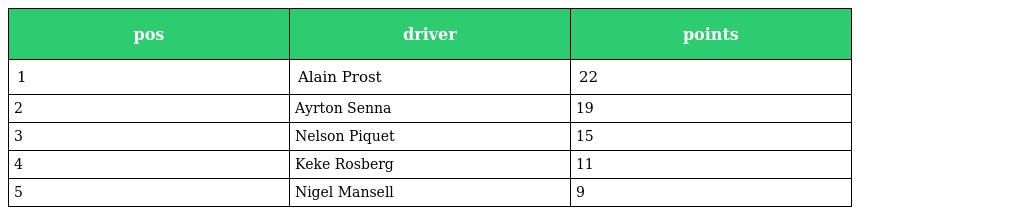
| pos | driver | points |
 | --- | --- | --- |
 | 1 | Alain Prost | 22 |
 | 2 | Ayrton Senna | 19 |
 | 3 | Nelson Piquet | 15 |
 | 4 | Keke Rosberg | 11 |
 | 5 | Nigel Mansell | 9 |